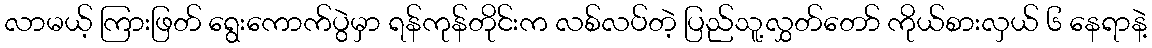
လာမယ့် ကြားဖြတ် ရွေးကောက်ပွဲမှာ ရန်ကုန်တိုင်းက လစ်လပ်တဲ့ ပြည်သူ့လွှတ်တော် ကိုယ်စားလှယ် ၆ နေရာနဲ့